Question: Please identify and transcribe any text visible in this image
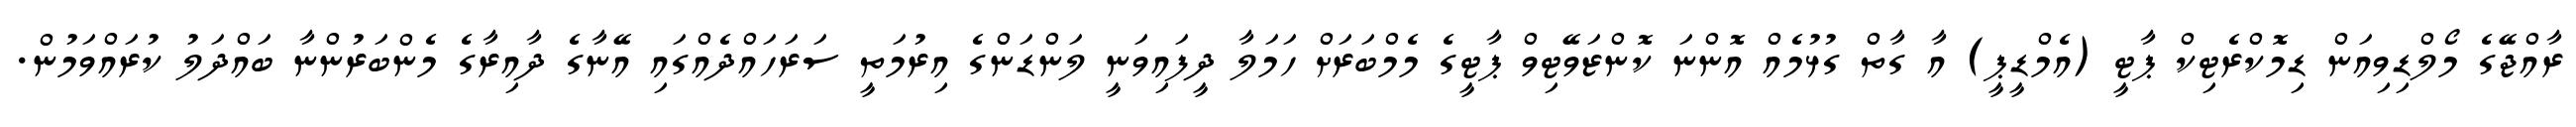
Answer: ރާއްޖޭގެ މޯލްޑިވިއަން ޑިމޮކްރެޓިކް ޕާޓީ (އެމްޑީޕީ) އާ ގާތް ގުޅުމެއް އޮންނަ ކޮންޒަވޭޓިވް ޕާޓީގެ މެމްބަރަށް ހަމަލާ ދީފައިވަނީ ލަންޑަންގެ އިރުމަތީ ސަރަހައްދެއްގައި އޭނާގެ ދާއިރާގެ މެންބަރުންނާ ބައްދަލު ކުރައްވަމުން.